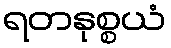
ရတနုစ္စယံ